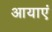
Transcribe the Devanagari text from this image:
आयाएं